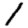
Digit: 1